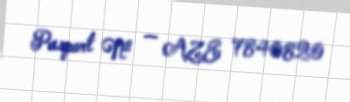
Pasport № — AZE 7840820